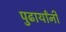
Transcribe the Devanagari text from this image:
पुढार्यांनी